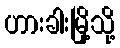
ဟားခါးမြို့သို့